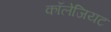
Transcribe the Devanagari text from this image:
कॉलेजियट